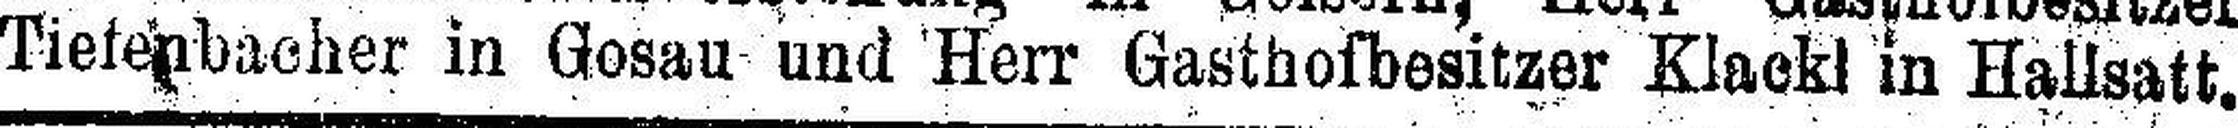
Tiefenbacher in Gosau und Herr Gasthofbesitzer Klackl in Hallsatt.